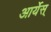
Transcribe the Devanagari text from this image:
आर्येस्